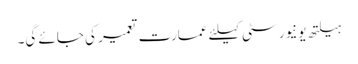
ہیلتھ یونیورسٹی کیلئے عمارت تعمیر کی جائے گی۔